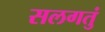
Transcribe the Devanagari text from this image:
सलगतुं